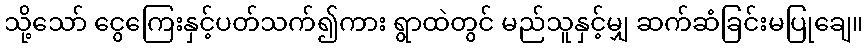
သို့သော် ငွေကြေးနှင့်ပတ်သက်၍ကား ရွာထဲတွင် မည်သူနှင့်မျှ ဆက်ဆံခြင်းမပြုချေ။